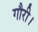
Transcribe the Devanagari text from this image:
गौरी।